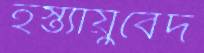
হস্ত্যায়ুর্বেদ